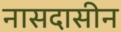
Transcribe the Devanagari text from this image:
नासदासीन